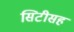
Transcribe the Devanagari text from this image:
सिटीसह